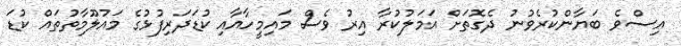
އިސްވެ ބަޔާންކުރެވުނު ދެގޮތަށް އަމަލުކުރާ އިރު ވެސް މައިމީހާއާއި ކުޑަދަރިފުޅުގެ މައުލޫމާތުތައް ކުޑަ